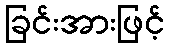
ခြင်းအားဖြင့်